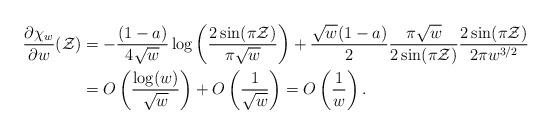
LaTeX: \begin{align*}\frac{\partial \chi_w}{\partial w} (\mathcal{Z}) &= -\frac{(1-a)}{4\sqrt{w}} \log\left(\frac{2\sin(\pi\mathcal{Z})}{\pi\sqrt{w}}\right)+\frac{\sqrt{w}(1-a)}{2}\frac{\pi\sqrt{w}}{2 \sin(\pi \mathcal{Z})}\frac{2\sin(\pi\mathcal{Z})}{2\pi w^{3/2}}\\&= O\left(\frac{\log(w)}{\sqrt{w}}\right)+O\left(\frac{1}{\sqrt{w}}\right) = O\left(\frac{1}{w}\right).\end{align*}